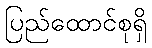
ပြည်ထောင်စုရှိ